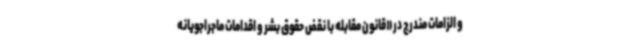
و الزامات مندرج در «قانون مقابله با نقض حقوق بشر و اقدامات ماجراجویانه